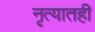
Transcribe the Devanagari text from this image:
नृत्यातही